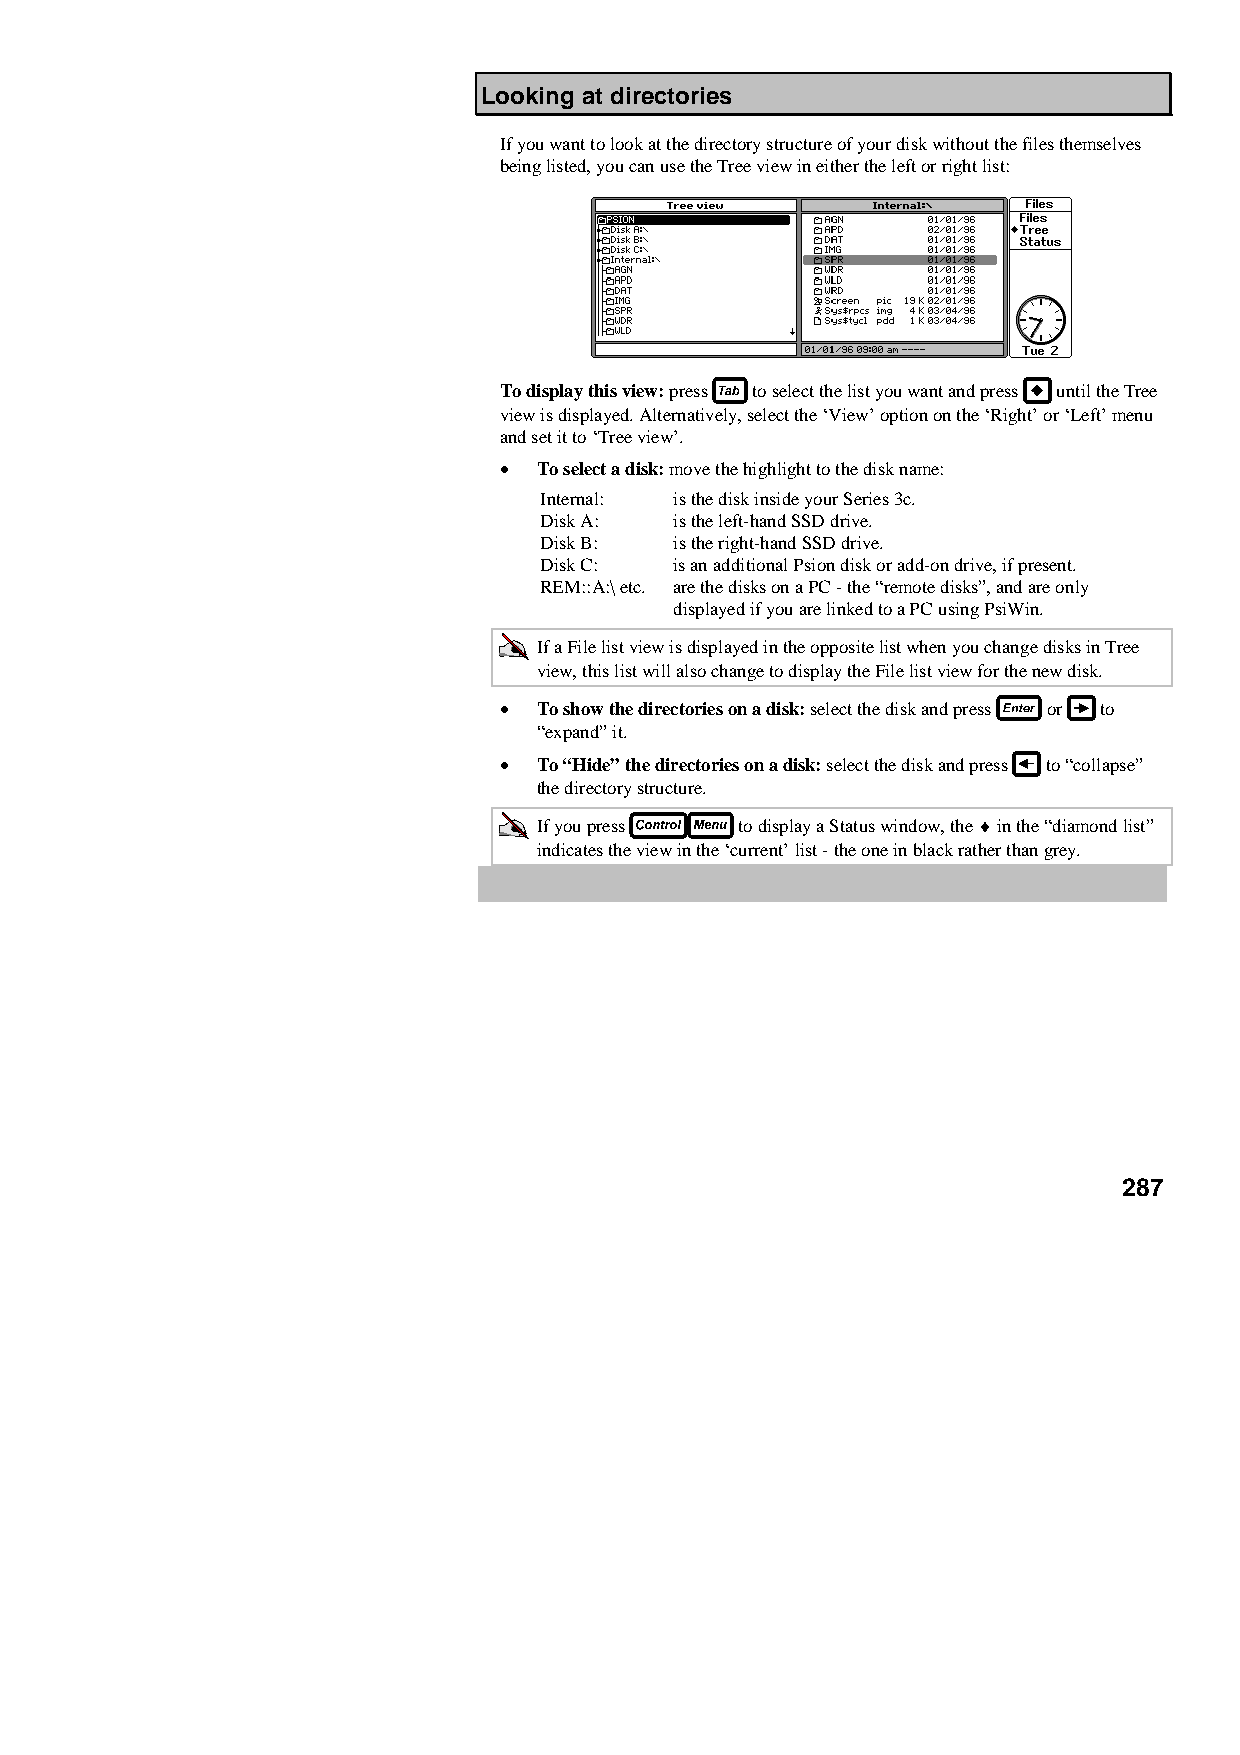
Looking at directories
 If you want to look at the directory structure of your disk without the files themselves
 being listed, you can use the Tree view in either the left or right list:
 To display this view: press to select the list you want and press until the Tree
 view is displayed. Alternatively, select the ‘View’ option on the ‘Right’ or ‘Left’ menu
 and set it to ‘Tree view’.
 •  To select a disk: move the highlight to the disk name:
 Internal: is the disk inside your Series 3c.
 Disk A:  is the left-hand SSD drive.
 Disk B:  is the right-hand SSD drive.
 Disk C:  is an additional Psion disk or add-on drive, if present.
 REM::A:\ etc. are the disks on a PC - the “remote disks”, and are only
 displayed if you are linked to a PC using PsiWin.
 If a File list view is displayed in the opposite list when you change disks in Tree
 view, this list will also change to display the File list view for the new disk.
 •  To show the directories on a disk: select the disk and press or to
 “expand” it.
 •  To “Hide” the directories on a disk: select the disk and press to “collapse”
 the directory structure.
 If you press to display a Status window, the ♦ in the “diamond list”
 indicates the view in the ‘current’ list - the one in black rather than grey.
 287